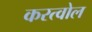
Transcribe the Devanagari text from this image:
करत्वोल